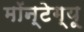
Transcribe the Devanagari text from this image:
मॉन्टेग्यू